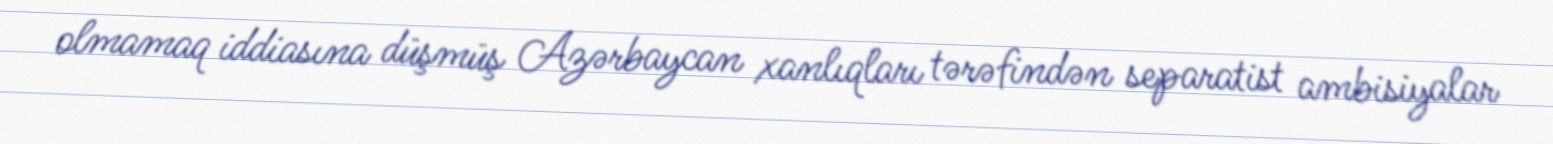
olmamaq iddiasına düşmüş Azərbaycan xanlıqları tərəfindən separatist ambisiyalar